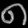
Digit: ၈